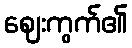
ဈေးကွက်၏